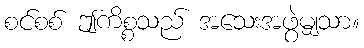
စင်စစ် ဤကိစ္စသည် အသေးအဖွဲမျှသာ။